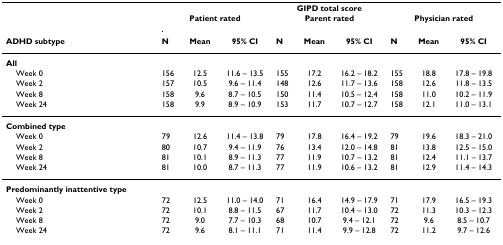
<table><thead><tr><td></td><td colspan="9"><b>GIPD total score</b></td></tr><tr><td></td><td colspan="3"><b>Patient rated</b></td><td colspan="3"><b>Parent rated</b></td><td colspan="3"><b>Physician rated</b></td></tr><tr><td><b>ADHD subtype</b></td><td><b>N</b></td><td><b>Mean</b></td><td><b>95% CI</b></td><td><b>N</b></td><td><b>Mean</b></td><td><b>95% CI</b></td><td><b>N</b></td><td><b>Mean</b></td><td><b>95% CI</b></td></tr></thead><tbody><tr><td><b>All</b></td><td></td><td></td><td></td><td></td><td></td><td></td><td></td><td></td><td></td></tr><tr><td> Week 0</td><td>156</td><td>12.5</td><td>11.6 – 13.5</td><td>155</td><td>17.2</td><td>16.2 – 18.2</td><td>155</td><td>18.8</td><td>17.8 – 19.8</td></tr><tr><td> Week 2</td><td>157</td><td>10.5</td><td>9.6 – 11.4</td><td>148</td><td>12.6</td><td>11.7 – 13.6</td><td>158</td><td>12.6</td><td>11.8 – 13.5</td></tr><tr><td> Week 8</td><td>158</td><td>9.6</td><td>8.7 – 10.5</td><td>150</td><td>11.4</td><td>10.5 – 12.4</td><td>158</td><td>11.0</td><td>10.2 – 11.9</td></tr><tr><td> Week 24</td><td>158</td><td>9.9</td><td>8.9 – 10.9</td><td>153</td><td>11.7</td><td>10.7 – 12.7</td><td>158</td><td>12.1</td><td>11.0 – 13.1</td></tr><tr><td><b>Combined type</b></td><td></td><td></td><td></td><td></td><td></td><td></td><td></td><td></td><td></td></tr><tr><td> Week 0</td><td>79</td><td>12.6</td><td>11.4 – 13.8</td><td>79</td><td>17.8</td><td>16.4 – 19.2</td><td>79</td><td>19.6</td><td>18.3 – 21.0</td></tr><tr><td> Week 2</td><td>80</td><td>10.7</td><td>9.4 – 11.9</td><td>76</td><td>13.4</td><td>12.0 – 14.8</td><td>81</td><td>13.8</td><td>12.5 – 15.0</td></tr><tr><td> Week 8</td><td>81</td><td>10.1</td><td>8.9 – 11.3</td><td>77</td><td>11.9</td><td>10.7 – 13.2</td><td>81</td><td>12.4</td><td>11.1 – 13.7</td></tr><tr><td> Week 24</td><td>81</td><td>10.0</td><td>8.7 – 11.3</td><td>77</td><td>11.9</td><td>10.6 – 13.2</td><td>81</td><td>12.9</td><td>11.4 – 14.3</td></tr><tr><td><b>Predominantly inattentive type</b></td><td></td><td></td><td></td><td></td><td></td><td></td><td></td><td></td><td></td></tr><tr><td> Week 0</td><td>72</td><td>12.5</td><td>11.0 – 14.0</td><td>71</td><td>16.4</td><td>14.9 – 17.9</td><td>71</td><td>17.9</td><td>16.5 – 19.3</td></tr><tr><td> Week 2</td><td>72</td><td>10.1</td><td>8.8 – 11.5</td><td>67</td><td>11.7</td><td>10.4 – 13.0</td><td>72</td><td>11.3</td><td>10.3 – 12.3</td></tr><tr><td> Week 8</td><td>72</td><td>9.0</td><td>7.7 – 10.3</td><td>68</td><td>10.7</td><td>9.4 – 12.1</td><td>72</td><td>9.6</td><td>8.5 – 10.7</td></tr><tr><td> Week 24</td><td>72</td><td>9.6</td><td>8.1 – 11.1</td><td>71</td><td>11.4</td><td>9.9 – 12.8</td><td>72</td><td>11.2</td><td>9.7 – 12.6</td></tr></tbody></table>